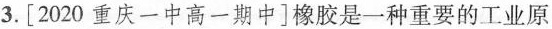
3.[2020重庆一中高一期中]橡胶是一种重要的工业原